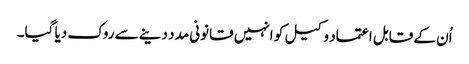
اُن کے قابل اعتماد وکیل کو انہیں قانونی مدد دینے سے روک دیا گیا۔